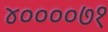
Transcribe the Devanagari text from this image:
४००००७१